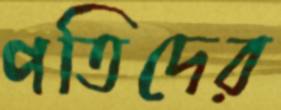
পতিদের